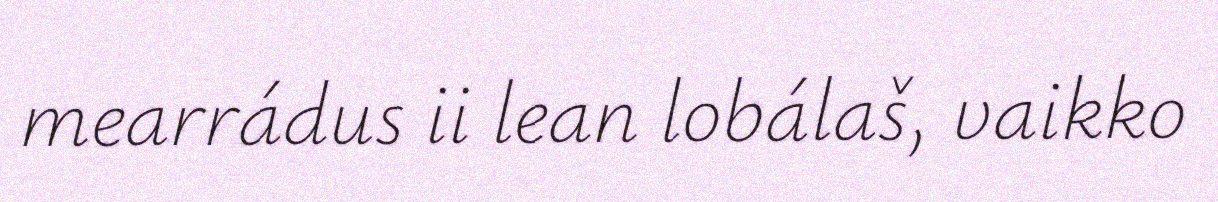
mearrádus ii lean lobálaš, vaikko